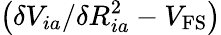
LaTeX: \left(\delta V_{ia}/\delta R_{ia}^{2}-V_{\mathrm{FS}}\right)